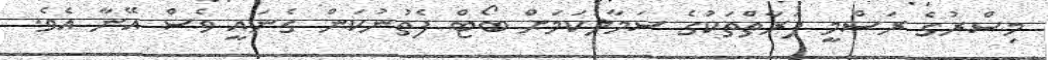
މިސްރުގެ ރަސްމީ ފަރާތްތަކުގެ ސަމާލުކަމަށް ބޯޓް ފެތުނުކަން ގެނައީ ވެސް އޭނާ އެވެ.